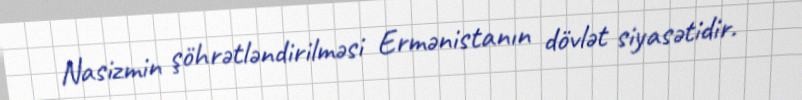
Nasizmin şöhrətləndirilməsi Ermənistanın dövlət siyasətidir.